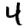
Digit: 4